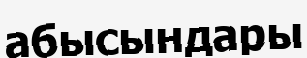
абысындары